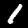
Label: 1